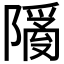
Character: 𬯙